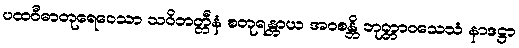
ပထဝီဓာတုရေဝေသာ သဝိဘတ္တီနံ စတုရန္တာယ အဝစန္တိ ဘုတ္တာဝသေသံ နာဒဋ္ဌာ